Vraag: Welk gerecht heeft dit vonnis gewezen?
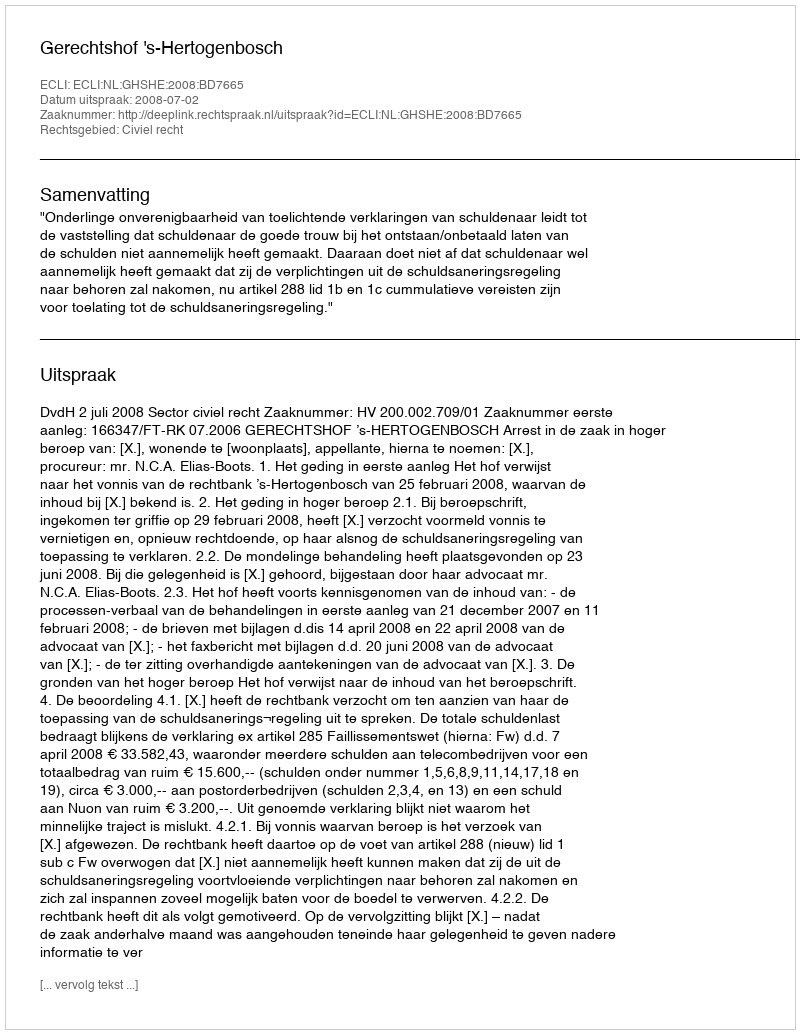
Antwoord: Gerechtshof 's-Hertogenbosch